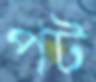
পট